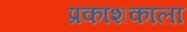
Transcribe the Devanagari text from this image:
प्रकाशकाला